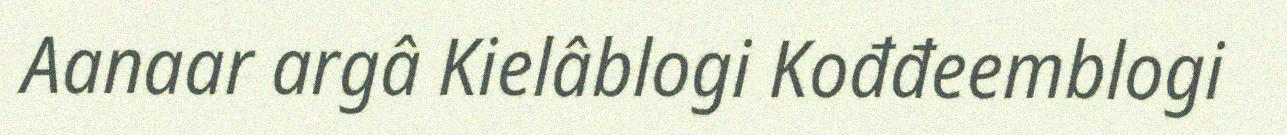
Aanaar argâ Kielâblogi Kođđeemblogi